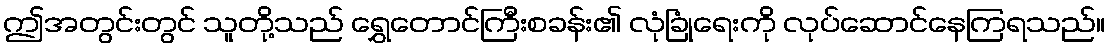
ဤအတွင်းတွင် သူတို့သည် ရွှေတောင်ကြီးစခန်း၏ လုံခြုံရေးကို လုပ်ဆောင်နေကြရသည်။